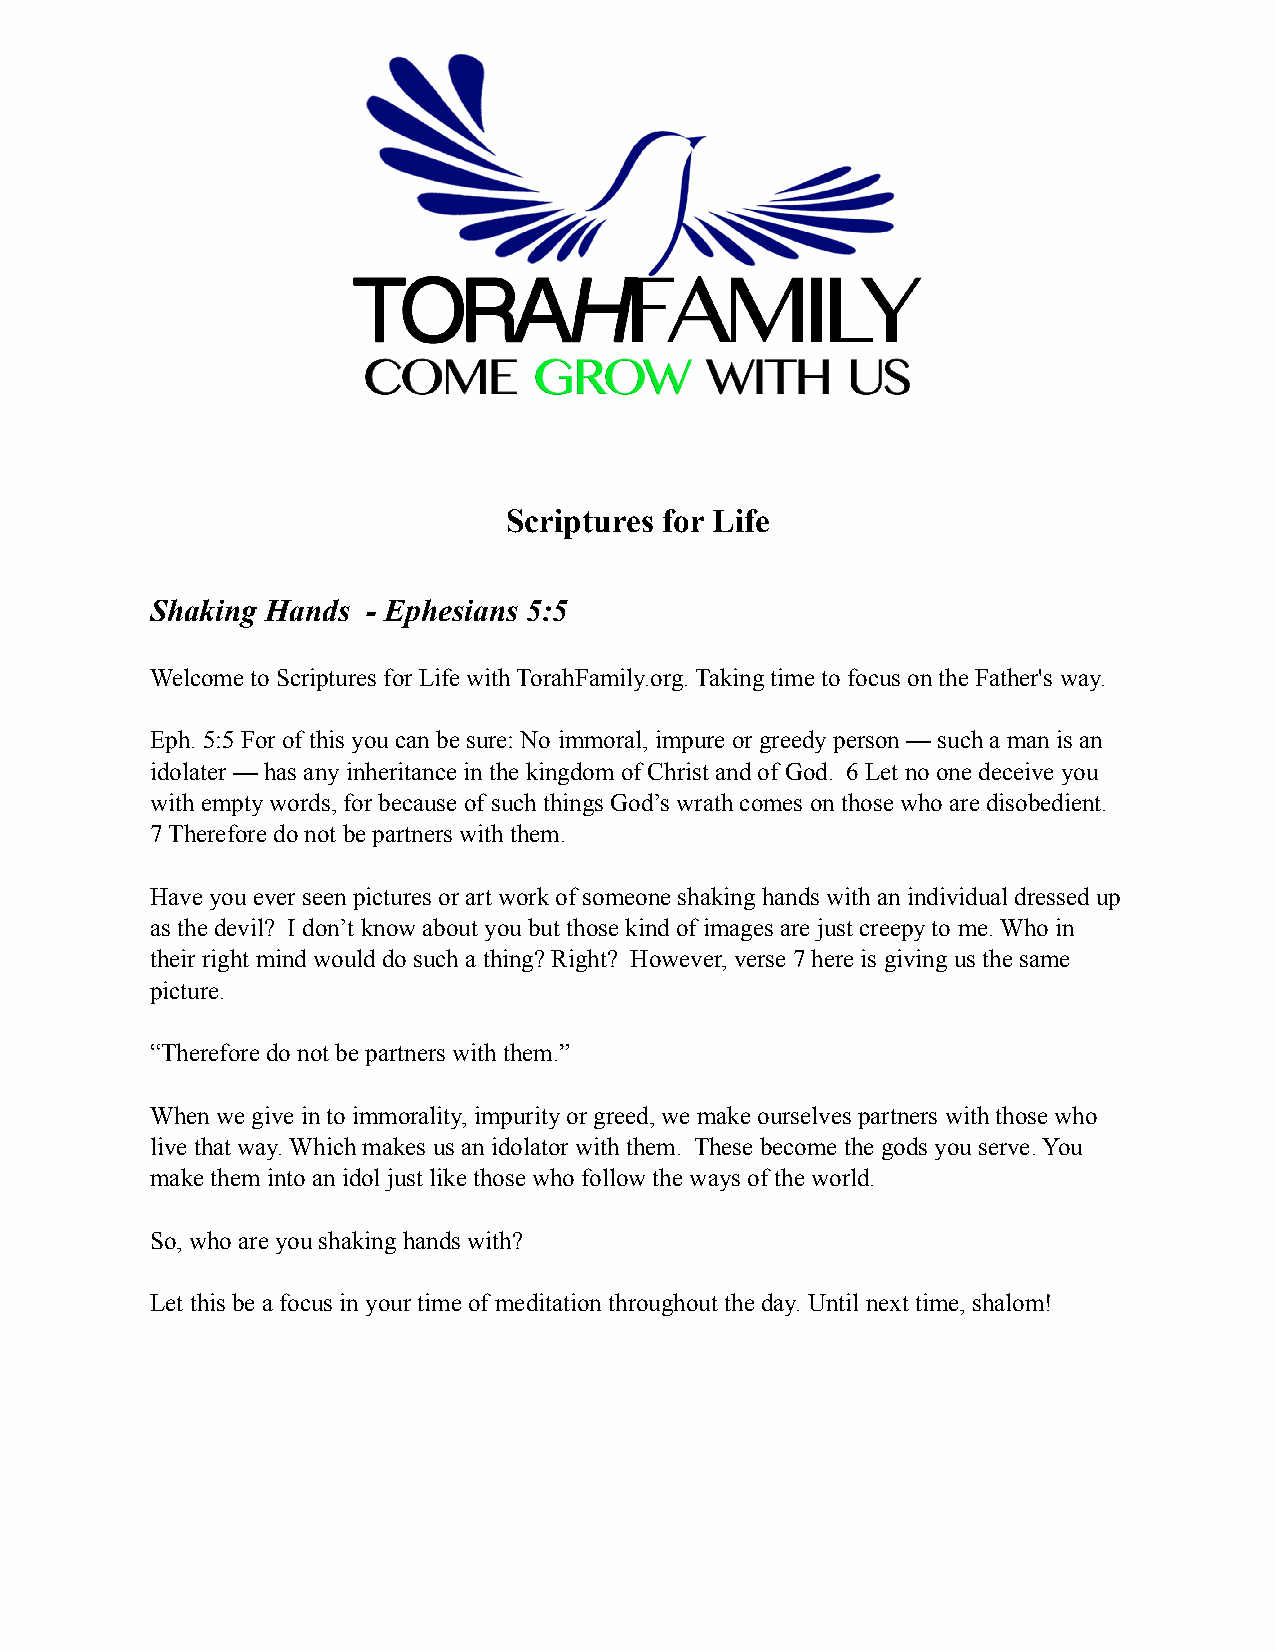
Scriptures for Life
 Shaking Hands - Ephesians 5:5
 Welcome to Scriptures for Life with TorahFamily.org. Taking time to focus on the Father's way.
 Eph. 5:5 For of this you can be sure: No immoral, impure or greedy person — such a man is an
 idolater — has any inheritance in the kingdom of Christ and of God. 6 Let no one deceive you
 with empty words, for because of such things God’s wrath comes on those who are disobedient.
 7 Therefore do not be partners with them.
 Have you ever seen pictures or art work of someone shaking hands with an individual dressed up
 as the devil? I don’t know about you but those kind of images are just creepy to me. Who in
 their right mind would do such a thing? Right? However, verse 7 here is giving us the same
 picture.
 “Therefore do not be partners with them.”
 When we give in to immorality, impurity or greed, we make ourselves partners with those who
 live that way. Which makes us an idolator with them. These become the gods you serve. You
 make them into an idol just like those who follow the ways of the world.
 So, who are you shaking hands with?
 Let this be a focus in your time of meditation throughout the day. Until next time, shalom!